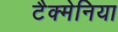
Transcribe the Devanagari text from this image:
टैक्मेनिया